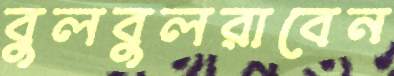
বুলবুলরাবেন